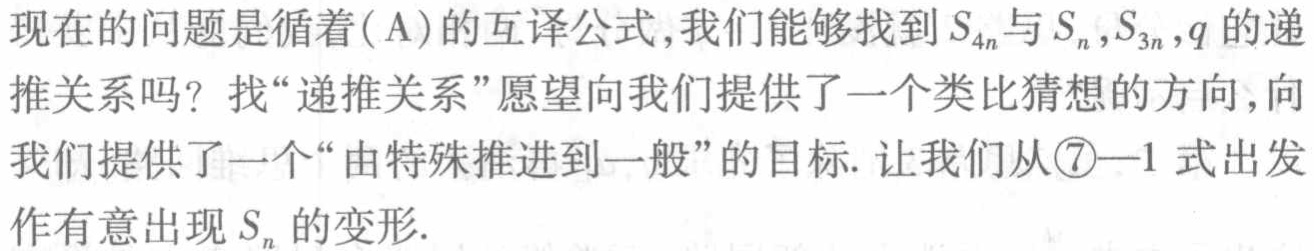
现在的问题是循着(A)的互译公式,我们能够找到\(S_{4n}\)与\(S_{n},S_{3n},q\)的递推关系吗？找“递推关系”愿望向我们提供了一个类比猜想的方向,向我们提供了一个“由特殊推进到一般”的目标. 让我们从\textcircled{7}—1式出发作有意出现\(S_{n}\)的变形.